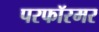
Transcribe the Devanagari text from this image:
परफॉरमर